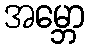
အမ္ဘော